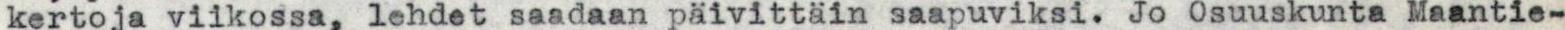
kertoja viikossa, lehdet saadaan päivittäin saapuviksi. Jo Osuuskunta Maantie-